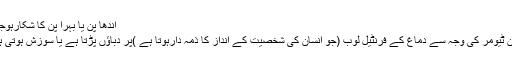
اندھا پن یا بہرا پن کا شکارہوجانا:
برین ٹیومر کی وجہ سے دماغ کے فرنٹیل لوب (جو انسان کی شخصیت کے انداز کا ذمہ دارہوتا ہے )پر دباؤں پڑتا ہے یا سوزش ہوتی ہے۔